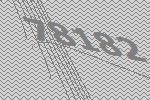
78182